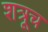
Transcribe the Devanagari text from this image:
शत्रूच